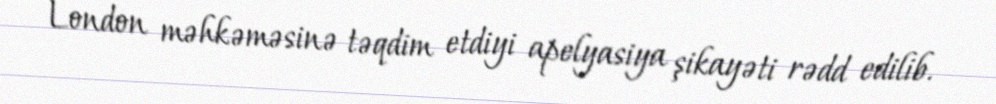
London məhkəməsinə təqdim etdiyi apelyasiya şikayəti rədd edilib.